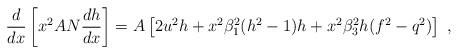
LaTeX: \begin{align*}\frac d{dx}\left[ x^2AN\frac {dh}{dx}\right]=A\left[2u^2h+x^2\beta_1^2(h^2-1)h+{x^2\beta_3^2}h(f^2-q^2)\right] \ ,\end{align*}